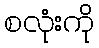
စလုံးကို